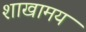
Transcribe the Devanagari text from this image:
शाखामय